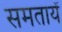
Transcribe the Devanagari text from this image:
समतायें